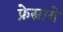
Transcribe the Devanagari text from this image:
फ्रेस्नाये